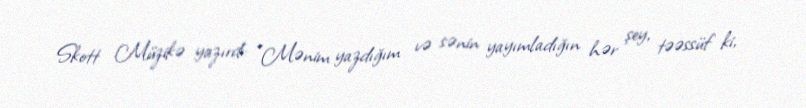
Skott Müzikə yazırdı: "Mənim yazdığım və sənin yayımladığın hər şey, təəssüf ki,